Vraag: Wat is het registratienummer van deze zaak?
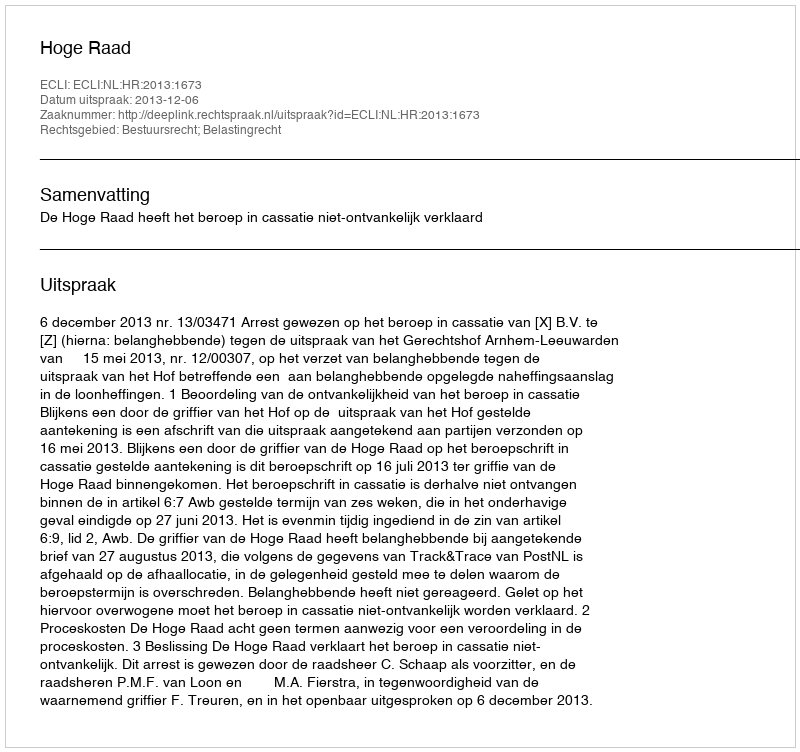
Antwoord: http://deeplink.rechtspraak.nl/uitspraak?id=ECLI:NL:HR:2013:1673